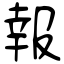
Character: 報